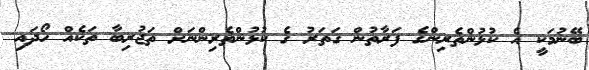
ބޭނުމަކީ އެ ކުޅުންތެރިންގެ ފަރާތުން ގަތަރު ގެ ކުޅުންތެރިންނަށް ތަޖުރިބާ ތަކެއް ހޯދައި